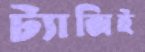
ট্যাক্সিই